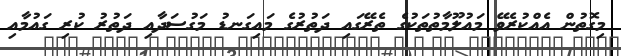
މިގޮތުން އެއްކުރެވޭ މައުލޫމާތުތަކުގެ ތެރޭގައި ދަތުރުގެ މައިގަނޑު މަގުސަދާއި ދަތުރު ކުރި ގައުމާއި